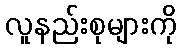
လူနည်းစုများကို